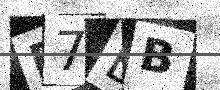
Text: B7BB